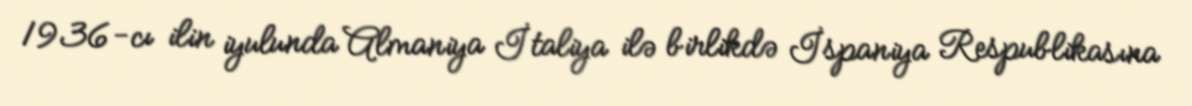
1936-cı ilin iyulunda Almaniya İtaliya ilə birlikdə İspaniya Respublikasına